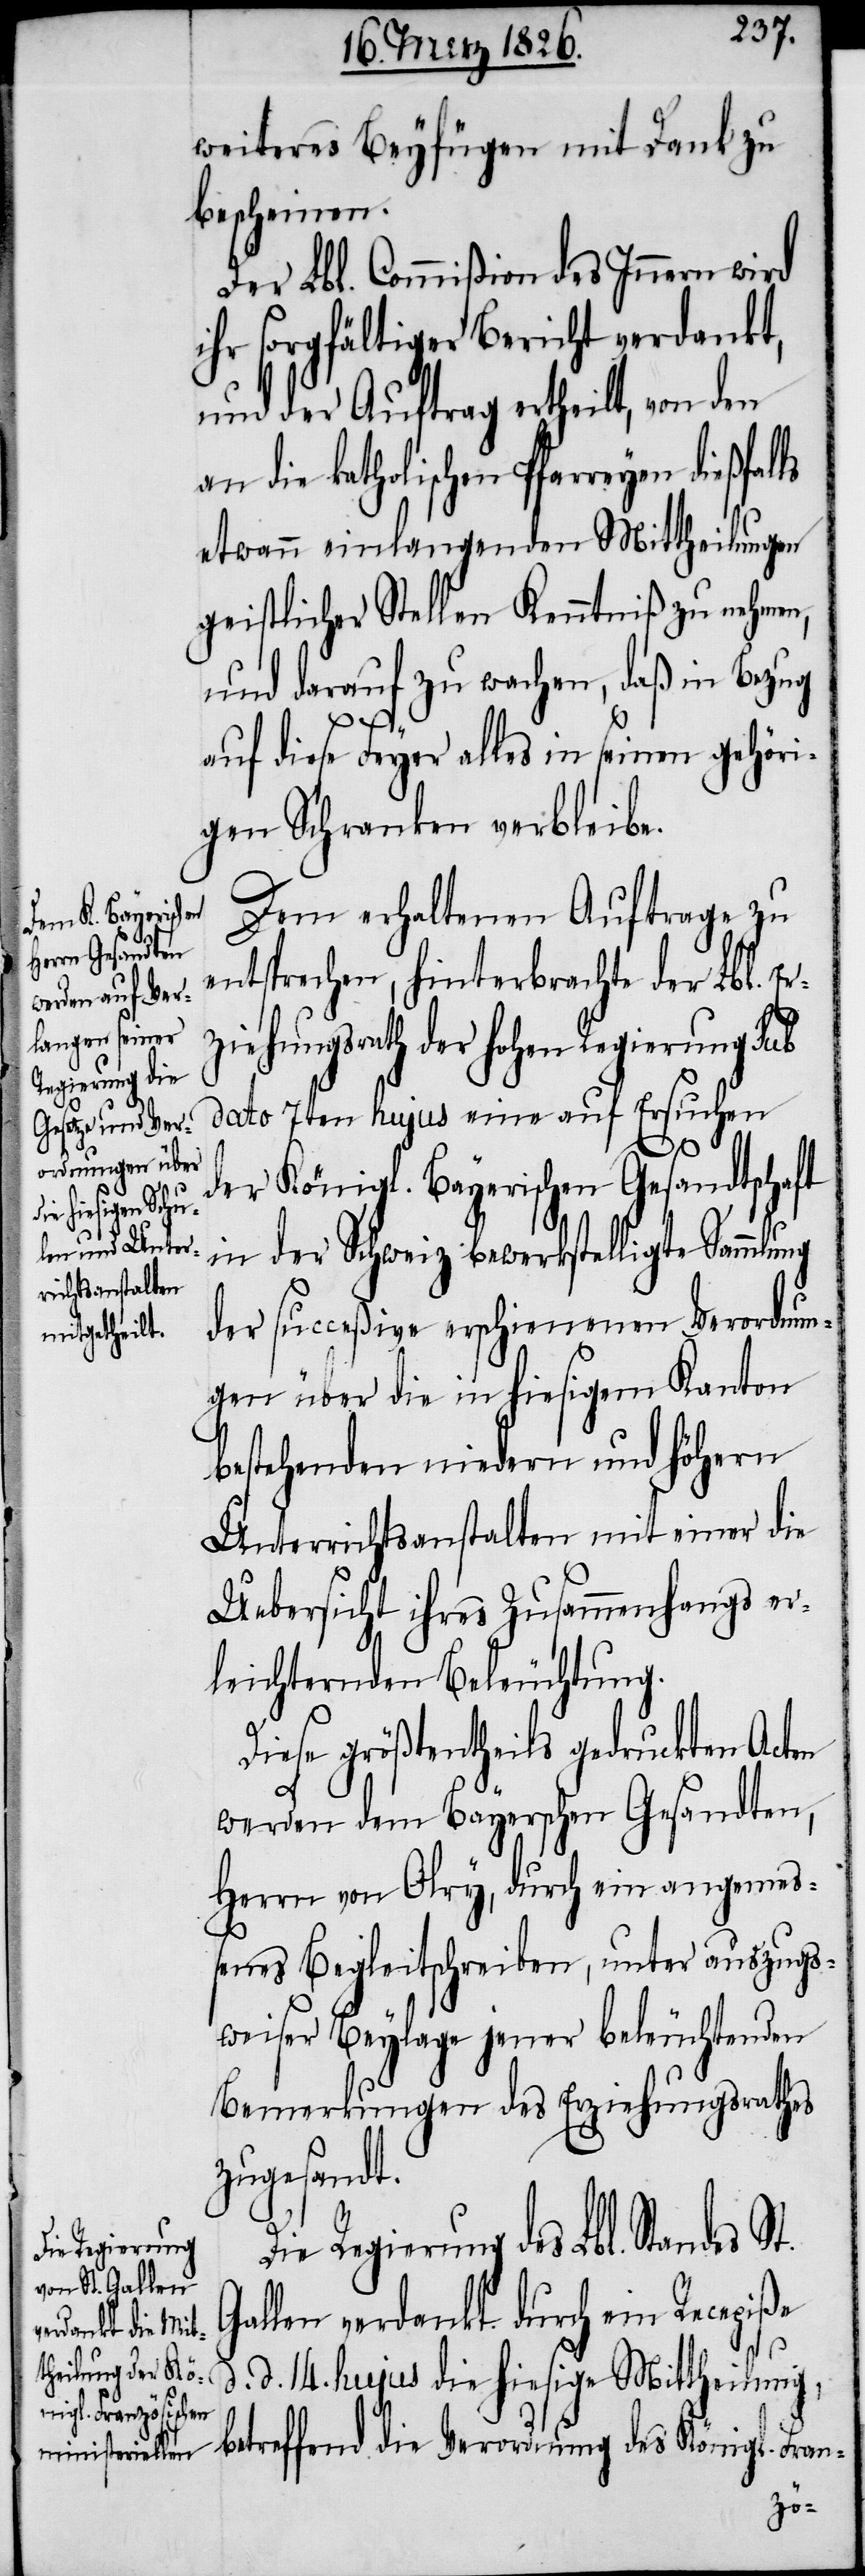
weiteres Beyfügen mit Dank zu
bescheinen.
Der Lbl. Commißion des Innern wird
ihr sorgfältiger Bericht verdankt,
und der Auftrag ertheilt, von den
an die katholischen Pfarreyen dießf¬
etwann einlangenden Mittheilungen
geistlicher Stellen Kenntniß zu nehmen,
und darauf zu wachen, daß in Bezug
St.
auf diese Feyer alles in seinen gehöri¬
gen Schranken verbleibe.
Dem erhaltenen Auftrage zu
entsprechen, hinterbrachte der Lbl. Er¬
ziehungsrath der hohen Regierung sub
dato 7ten hujus eine auf Ersuchen
der Königl. Bayerischen Gesandtschaft
in der Schweiz bewerkstelligte Sammlung
der succeßive erschienenen Verordnun¬
gen über die in hiesigem Kanton
bestehenden niedern und höhern
Unterrichtsanstalten mit einer die
Uebersicht ihres Zusammenhangs er¬
leichternden Beleuchtung.
Diese größtentheils gedruckten Acten
werden dem Bayerschen Gesandten,
Herrn von Olry, durch ein angemeß¬
enes Begleitschreiben, unter auszugs¬
weiser Beylage jener beleuchtenden
Bemerkungen des Erziehungsrathes
zugesandt.
Die Regierung des Lbl. Standes
Gallen verdankt durch eine Recepiße
d. 14. hujus die hiesige Mittheilung,
betreffend die Verordnung des Königl. Fran-